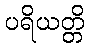
ပရိယတ္တိ